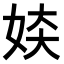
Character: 𫰜